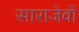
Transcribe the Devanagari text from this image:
साराजेवों